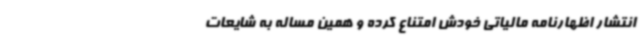
انتشار اظهارنامه مالیاتی خودش امتناع کرده و همین مساله به شایعات